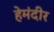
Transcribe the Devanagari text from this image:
हेमंदीर